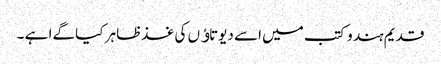
قدیم ہند وکتب میں اسے دیوتاﺅں کی غذظاہر کیا گےا ہے ۔